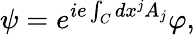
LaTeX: \psi=e^{ie\int_{C}dx^{j}A_{j}}\varphi,